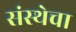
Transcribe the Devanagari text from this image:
संस्‍थेचा